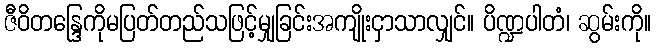
ဇီဝိတန္ဒြေကိုမပြတ်တည်သဖြင့်မျှခြင်းအကျိုးငှာသာလျှင်။ ပိဏ္ဍပါတံ၊ ဆွမ်းကို။